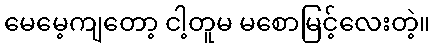
မေမေ့ကျတော့ ငါ့တူမ မစောမြင့်လေးတဲ့။